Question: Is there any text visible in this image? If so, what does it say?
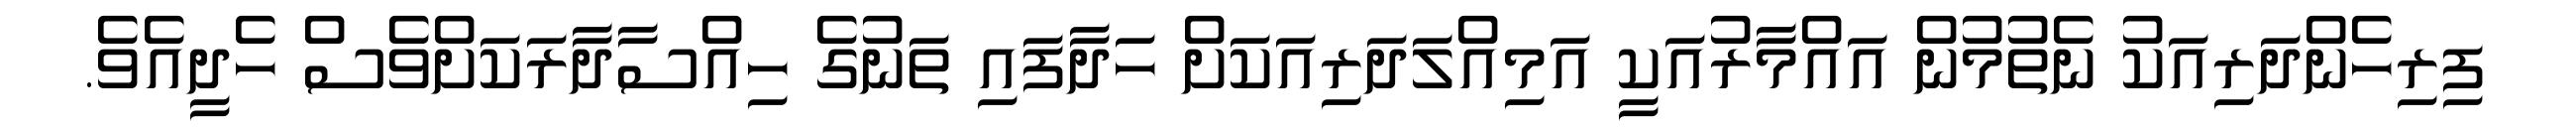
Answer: ފިރިހެންދަރިއަކު ނެތުމުން އައްމާރުއަކީ އަމިއްލަދަރިއަކަށް ހަދާފައި ތަނުގެ ހިއްސާދާރަކަށްވެސް ހެދީއެވެ.